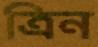
ত্রিন